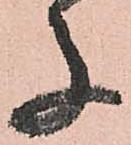
子